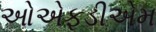
ઓએફડીએમ